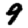
Digit: 9